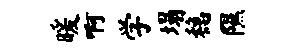
暖啊学塌稳隰